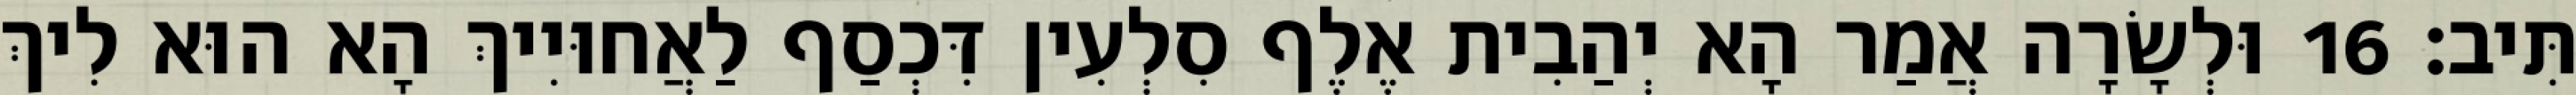
תִּיב׃ 16 וּלְשָׂרָה אֲמַר הָא יְהַבִית אֶלֶף סִלְעִין דִּכְסַף לַאֲחוּיִיךְ הָא הוּא לִיךְ